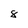
Character: 8